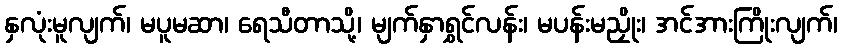
နှလုံးမူလျက်၊ မပူမဆာ၊ ရေသီတာသို့၊ မျက်နှာရွှင်လန်း၊ မပန်းမညှိုး၊ အင်အားကြိုးလျက်၊